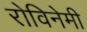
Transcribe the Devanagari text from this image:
रोविनेमी